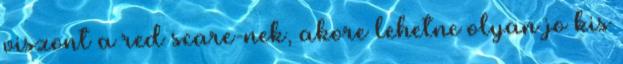
viszont a red scare-nek, akore lehetne olyan jo kis